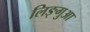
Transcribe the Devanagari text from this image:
लिङ्गुआ